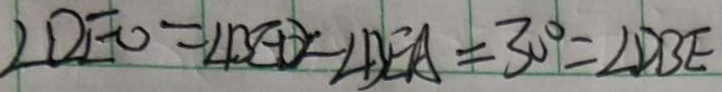
\angle D E O = \angle B E D - \angle B E A = 3 0 ^ { \circ } = \angle D B E